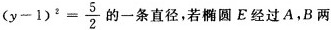
( y - 1 ) ^ { 2 } = \frac { 5 } { 2 }$$ 的一条直径，若椭圆E经过A，B两